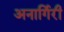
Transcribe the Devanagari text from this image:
अनार्गिरी